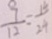
\frac { 9 } { 1 2 } = \frac { 1 8 } { 2 4 }